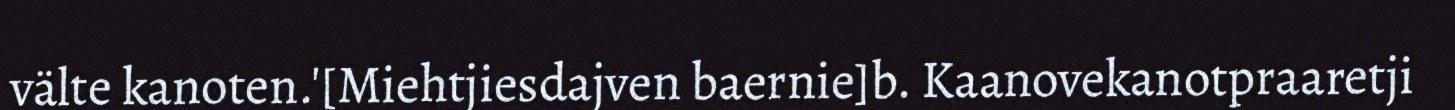
välte kanoten.'[Miehtjiesdajven baernie]b. Kaanovekanotpraaretji